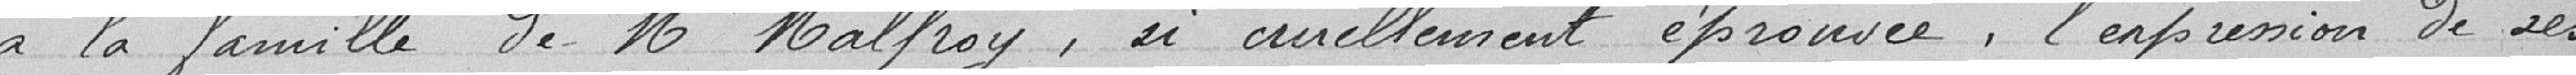
à la famille de Mr Malfroy, si cruellement éprouvée, l'expression de ses